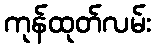
ကုန်ထုတ်လမ်း